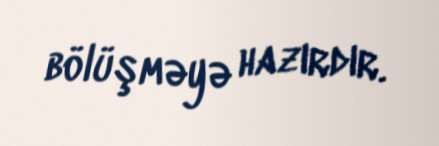
bölüşməyə hazırdır.